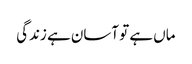
ماں ہے تو آسان ہے زندگی